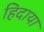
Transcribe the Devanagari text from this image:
हिदाया